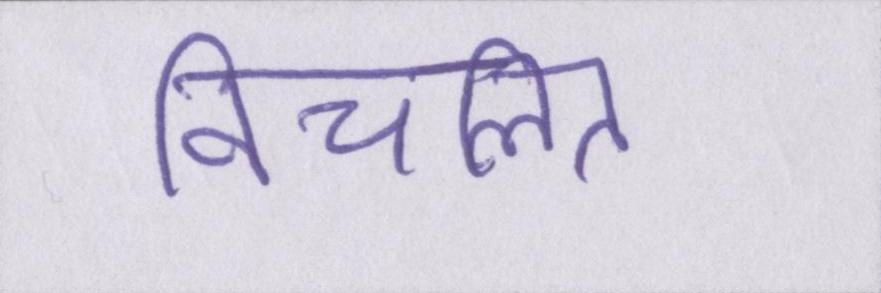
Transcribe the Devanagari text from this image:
विचलित